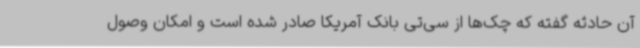
آن حادثه گفته که چک‌ها از سی‌تی بانک آمریکا صادر شده است و امکان وصول